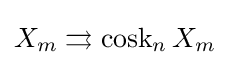
X_{m}\rightrightarrows \operatorname {cosk} _{n}X_{m}